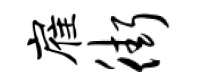
雇街